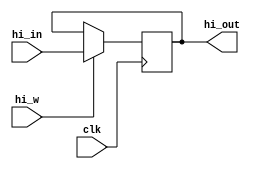
`timescale 1ns / 1ps
//////////////////////////////////////////////////////////////////////////////////
// Company: 
// Engineer: 
// 
// Design Name: 
// Module Name: HI
// Project Name: 
// Target Devices: 
// Tool Versions: 
// Description: 
// 
// Dependencies: 
// 
// Revision:
// Revision 0.01 - File Created
// Additional Comments:
// 
//////////////////////////////////////////////////////////////////////////////////


module HI(
input hi_w,
input clk,
input [31:0]hi_in,
output [31:0]hi_out
    );
    
    reg [31:0]hi;
    always@(negedge clk)
    begin
        if(hi_w)
            hi<=hi_in;      
    end
    assign hi_out=hi;
   
endmodule